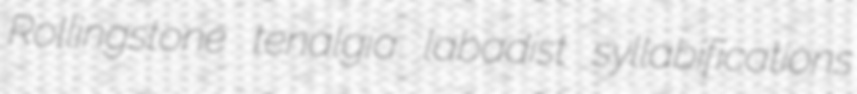
Rollingstone tenalgia labadist syllabifications